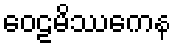
ဝေဠမိဿကေန